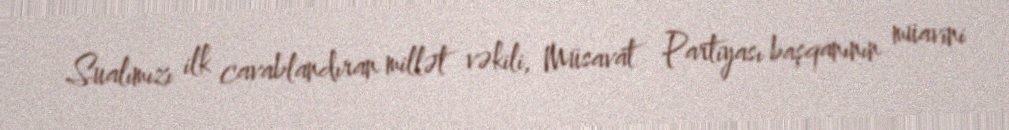
Sualımızı ilk cavablandıran millət vəkili, Müsavat Partiyası başqanının müavini